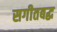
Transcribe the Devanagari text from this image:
सगीतबद्ध